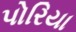
પોરિયા